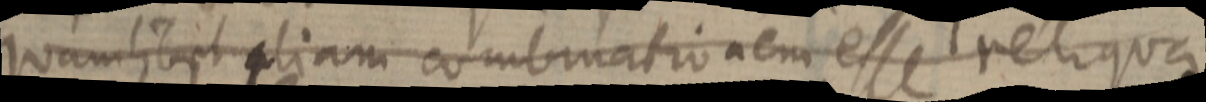
quamlibet _ tiam combinationem esse reliqua